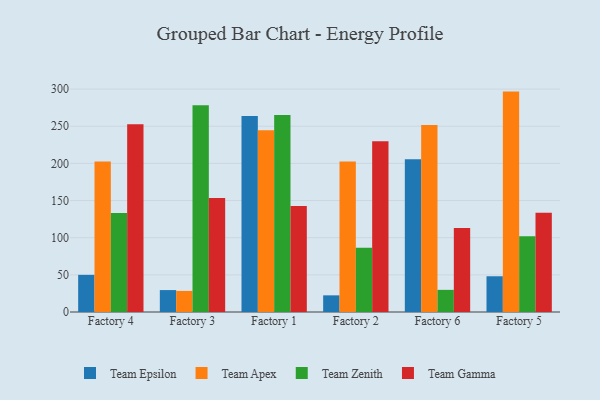
{"axis": {"x": "Factory", "y": "Waste Production (Tons)"}, "legend": ["Team Apex", "Team Epsilon", "Team Gamma", "Team Zenith"], "data": [{"x": "Factory 4", "y": 50.0, "type": "Team Epsilon"}, {"x": "Factory 4", "y": 202.4, "type": "Team Apex"}, {"x": "Factory 4", "y": 133.1, "type": "Team Zenith"}, {"x": "Factory 4", "y": 252.5, "type": "Team Gamma"}, {"x": "Factory 3", "y": 29.5, "type": "Team Epsilon"}, {"x": "Factory 3", "y": 28.4, "type": "Team Apex"}, {"x": "Factory 3", "y": 278.2, "type": "Team Zenith"}, {"x": "Factory 3", "y": 153.4, "type": "Team Gamma"}, {"x": "Factory 1", "y": 263.8, "type": "Team Epsilon"}, {"x": "Factory 1", "y": 244.7, "type": "Team Apex"}, {"x": "Factory 1", "y": 265.0, "type": "Team Zenith"}, {"x": "Factory 1", "y": 142.7, "type": "Team Gamma"}, {"x": "Factory 2", "y": 22.4, "type": "Team Epsilon"}, {"x": "Factory 2", "y": 202.7, "type": "Team Apex"}, {"x": "Factory 2", "y": 86.4, "type": "Team Zenith"}, {"x": "Factory 2", "y": 229.7, "type": "Team Gamma"}, {"x": "Factory 6", "y": 205.6, "type": "Team Epsilon"}, {"x": "Factory 6", "y": 251.8, "type": "Team Apex"}, {"x": "Factory 6", "y": 29.8, "type": "Team Zenith"}, {"x": "Factory 6", "y": 113.1, "type": "Team Gamma"}, {"x": "Factory 5", "y": 48.1, "type": "Team Epsilon"}, {"x": "Factory 5", "y": 296.6, "type": "Team Apex"}, {"x": "Factory 5", "y": 101.8, "type": "Team Zenith"}, {"x": "Factory 5", "y": 133.5, "type": "Team Gamma"}]}